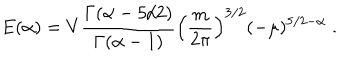
E ( \alpha ) = V \frac { \Gamma ( \alpha - 5 / 2 ) } { \Gamma ( \alpha - 1 ) } \left( \frac { m } { 2 \pi } \right) ^ { 3 / 2 } ( - \mu ) ^ { 5 / 2 - \alpha } \; .